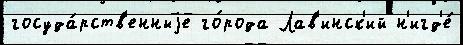
госуда́рств'енныjе го́рода Лав'инск'ий н'игд'е́